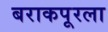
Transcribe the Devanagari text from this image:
बराकपूरला